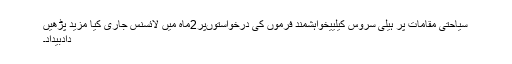
سیاحتی مقامات پر ہیلی سروس کیلییخواہشمند فرموں کی درخواستوںپر2ماہ میں لائسنس جاری کیا مزید پڑھیں
دادبیداد۔